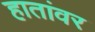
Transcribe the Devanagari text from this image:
हातांवर